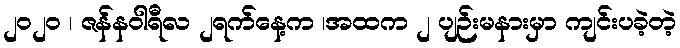
၂၀၂၀ ၊ ဇန်နဝါရီလ ၂ရက်နေ့က ၊အထက ၂ ပျဉ်းမနားမှာ ကျင်းပခဲ့တဲ့